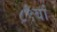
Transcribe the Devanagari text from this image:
८९वां